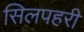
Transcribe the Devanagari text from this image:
सिलपहरी